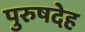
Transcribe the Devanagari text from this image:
पुरुषदेह